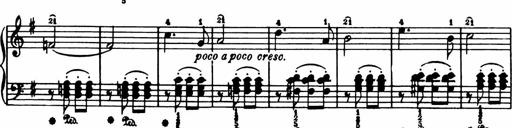
Title: Analytical Sonatinas
Composer: Frank Lynes